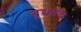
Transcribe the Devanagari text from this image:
दूधसंघ